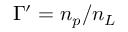
\Gamma ^ { \prime } = n _ { p } / n _ { L }